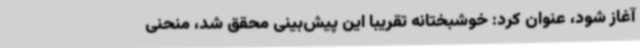
آغاز شود، عنوان کرد: خوشبختانه تقریبا این پیش‌بینی محقق شد، منحنی